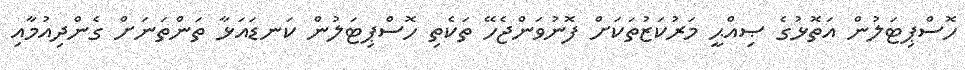
ހޮސްޕިޓަލުން އަތޮޅުގެ ޞިއްޙީ މަރުކަޒުތަކަށް ފޮނުވަންޖެހޭ ތަކެތި ހޮސްޕިޓަލުން ކަނޑައަޅާ ތަންތަނަށް ގެންދިއުމާއި